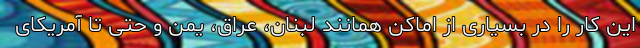
این کار را در بسیاری از اماکن همانند لبنان، عراق، یمن و حتی تا آمریکای